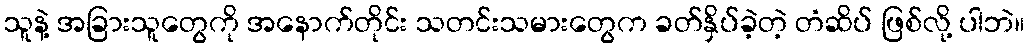
သူနဲ့ အခြားသူတွေကို အနောက်တိုင်း သတင်းသမားတွေက ခတ်နှိပ်ခဲ့တဲ့ တံဆိပ် ဖြစ်လို့ ပါဘဲ။